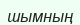
шымның